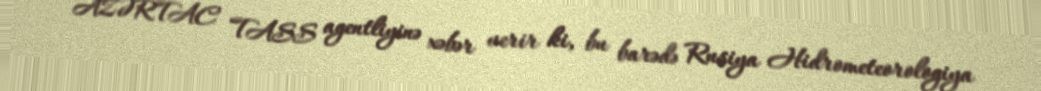
AZƏRTAC TASS agentliyinə xəbər verir ki, bu barədə Rusiya Hidrometeorologiya